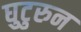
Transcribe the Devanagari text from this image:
घुटुरुन